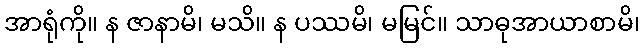
အာရုံကို။ န ဇာနာမိ၊ မသိ။ န ပဿမိ၊ မမြင်။ သာဓုအာယာစာမိ၊